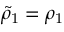
\tilde { \rho } _ { 1 } = \rho _ { 1 }